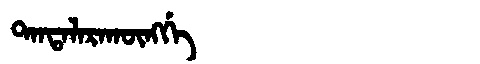
Manchu: ᡨᠠᠨᡨᠠᠯᠠᡵᠠᡴᡡᠩᡤᡝ
Romanization: TANTALARAKŪNGGE